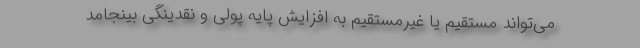
می‌تواند مستقیم یا غیرمستقیم به افزایش پایه پولی و نقدینگی بینجامد